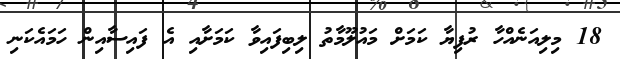
18 މިލިއަނެއްހާ ރުފިޔާ ކަމަށް މައުލޫމާތު ލިބިފައިވާ ކަމަށާއި އެ ފައިސާއިން ހަމައެކަނި